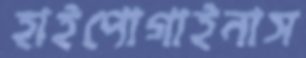
হাইপোগাইনাস